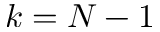
k = N - 1